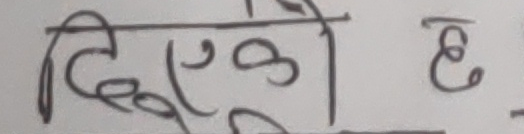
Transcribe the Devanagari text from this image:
दिएको छ